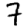
Digit: 7